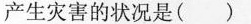
产生灾害的状况是( )